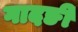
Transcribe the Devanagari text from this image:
गादङी